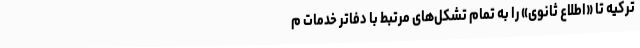
ترکیه تا «اطلاع ثانوی» را به تمام تشکل‌های مرتبط با دفاتر خدمات م